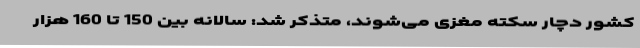
کشور دچار سکته مغزی می‌شوند، متذکر شد: سالانه بین 150 تا 160 هزار